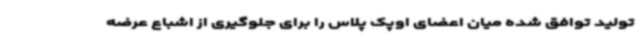
تولید توافق شده میان اعضای اوپک پلاس را برای جلوگیری از اشباع عرضه